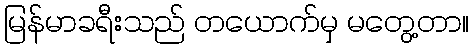
မြန်မာခရီးသည် တယောက်မှ မတွေ့တာ။